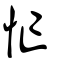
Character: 忙